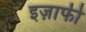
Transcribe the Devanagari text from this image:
इज़ाफी